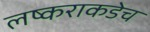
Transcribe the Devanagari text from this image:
लष्कराकडेच